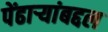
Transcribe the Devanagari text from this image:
पेंढाऱ्यांबद्दल